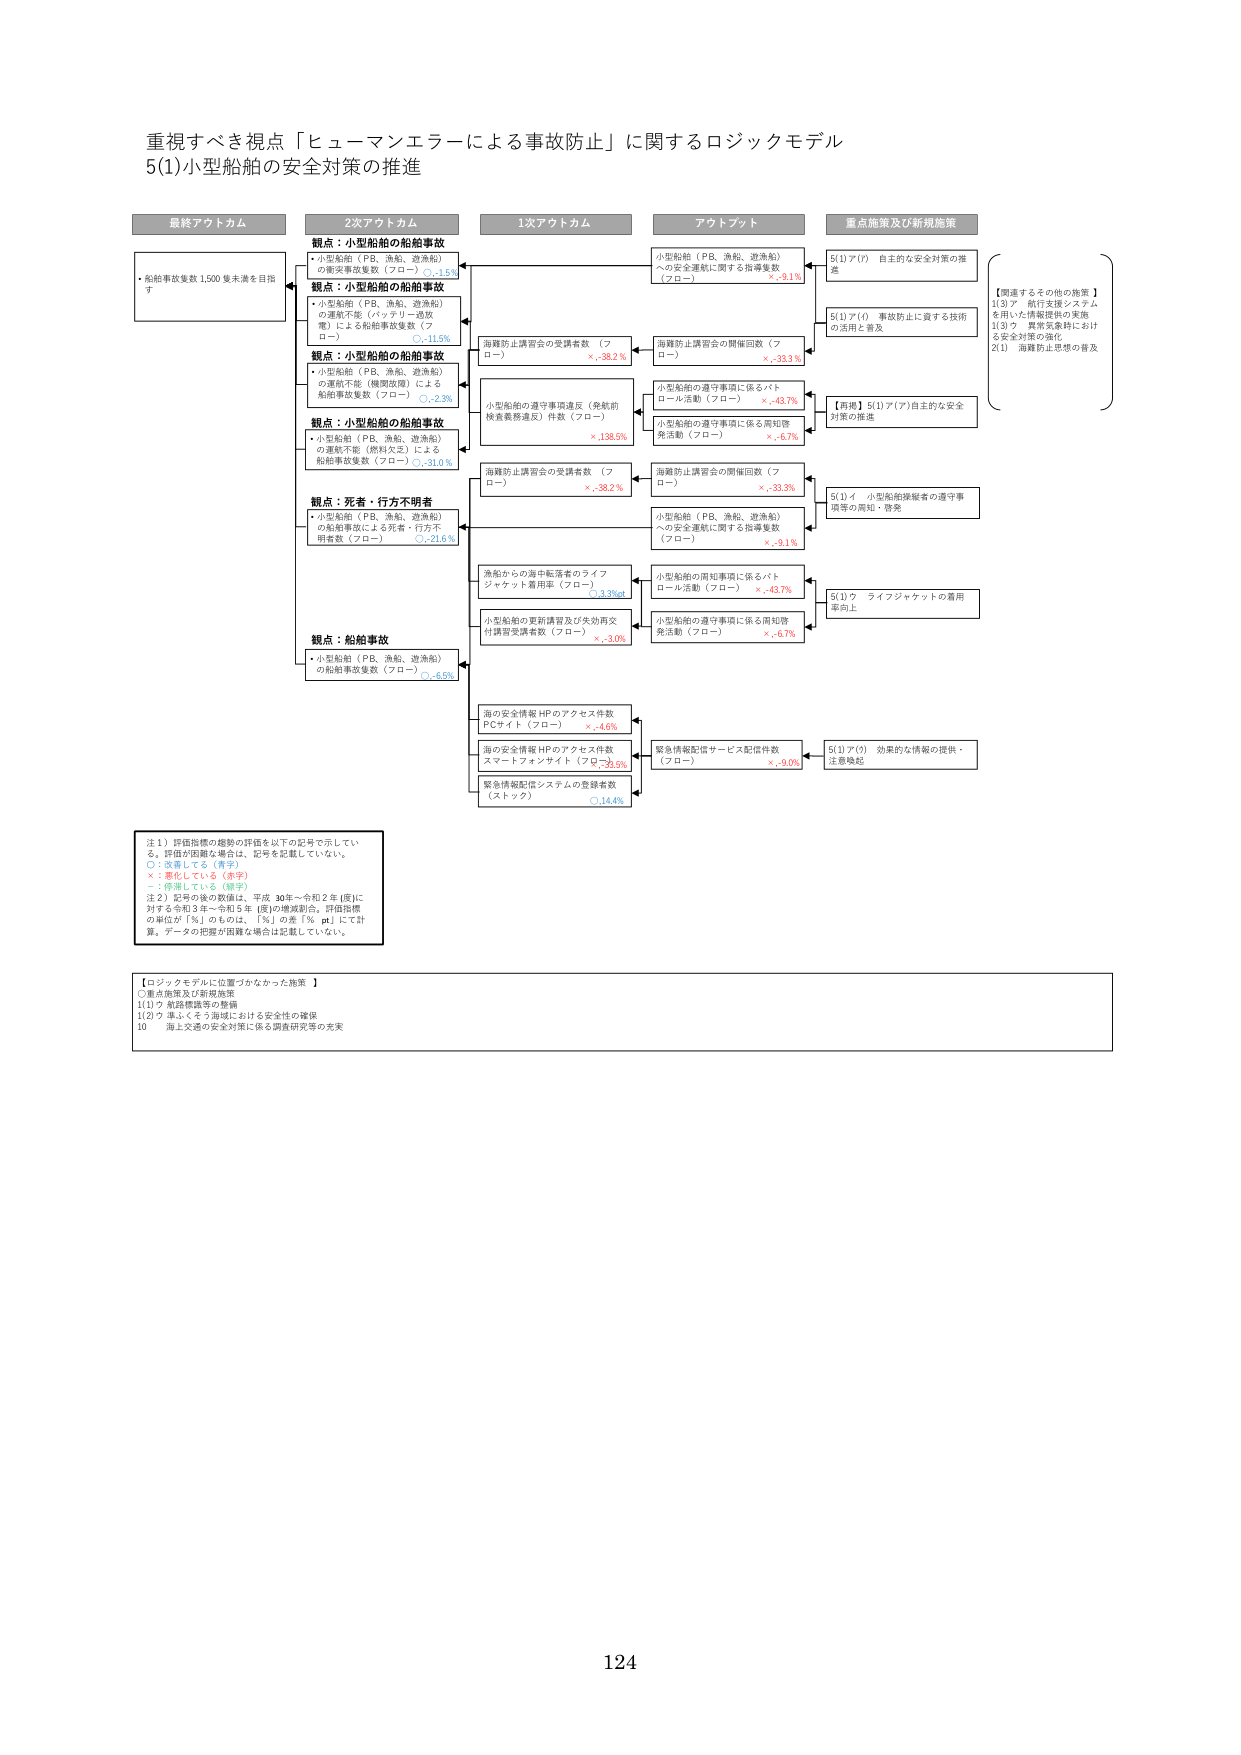
重視すべき視点「ヒューマンエラーによる事故防止」に関するロジックモデル
5(1)小型船舶の安全対策の推進

最終アウトカム
・船舶事故件数1,500件未満を目指す

2次アウトカム
観点：小型船舶の船舶事故
・小型船舶（PB、漁船、遊漁船）の衝突事故件数（フロー）○, +1.5%
観点：小型船舶の船舶事故
・小型船舶（PB、漁船、遊漁船）の運航不能（バッテリー過放電）による船舶事故件数（フロー）○, -11.5%
観点：小型船舶の船舶事故
・小型船舶（PB、漁船、遊漁船）の運航不能（機関故障）による船舶事故件数（フロー）○, -2.3%
観点：小型船舶の船舶事故
・小型船舶（PB、漁船、遊漁船）の運航不能（燃料欠乏）による船舶事故件数（フロー）○, -31.0%
観点：死者・行方不明者
・小型船舶（PB、漁船、遊漁船）の船舶事故による死者・行方不明者数（フロー）○, -71.6%
観点：船舶事故
・小型船舶（PB、漁船、遊漁船）の船舶事故件数（フロー）○, -6.5%

1次アウトカム
海難防止講習会の受講者数（フロー）×, -38.2%
小型船舶の遵守事項違反（発航前検査義務違反）件数（フロー）×, -38.5%
海難防止講習会の受講者数（フロー）×, -38.2%
漁船からの海中転落者のライフジャケット着用率（フロー）○, 3.3%p
小型船舶の更新講習及び失効再交付講習受講者数（フロー）×, -3.0%
海の安全情報HPのアクセス件数PCサイト（フロー）×, -4.6%
海の安全情報HPのアクセス件数スマートフォンサイト（フロー）×, -25.5%
緊急情報配信システムの登録者数（ストック）○, 14.4%

アウトプット
小型船舶（PB、漁船、遊漁船）への安全運航に関する指導件数（フロー）×, -9.1%
海難防止講習会の開催回数（フロー）×, -33.3%
小型船舶の遵守事項に係るパトロール活動（フロー）×, -43.7%
小型船舶の遵守事項に係る周知啓発活動（フロー）×, -6.7%
海難防止講習会の開催回数（フロー）×, -33.3%
小型船舶（PB、漁船、遊漁船）への安全運航に関する指導件数（フロー）×, -9.1%
小型船舶の周知事項に係るパトロール活動（フロー）×, -43.7%
小型船舶の遵守事項に係る周知啓発活動（フロー）×, -6.7%
緊急情報配信サービス配信件数（フロー）×, -9.0%

重点施策及び新規施策
5(1)ア(ｱ) 自主的な安全対策の推進
5(1)ア(ｲ) 事故防止に資する技術の活用と普及
【再掲】5(1)ア(ｱ)自主的な安全対策の推進
5(1)イ 小型船舶操縦者の遵守事項等の周知・啓発
5(1)ウ ライフジャケットの着用率向上
5(1)ア(ｳ) 効果的な情報の提供・注意喚起

【関連するその他の施策】
1(3)ア 執行支援システムを用いた情報提供の実施
1(3)ウ 異常気象時における安全対策の強化
2(1) 海難防止思想の普及

注１）評価指標の趨勢の評価を以下の記号で示している。評価が困難な場合は、記号を記載していない。
○：悪化している（赤字）
×：改善している（青字）
－：停滞している（緑字）
注２）記号の数値は、平成30年～令和2年（度）に対する令和3年～令和5年（度）の増減割合。評価指標の単位が「％」のものは、「％」の差「ｐｔ」にて計算。データの把握が困難な場合は記載していない。

【ロジックモデルに位置づけなかった施策】
○重点施策及び新規施策
1(1)ウ 保証制度等の整備
1(2)ウ 漁くくそう海域における安全性の確保
10 海上交通の安全対策に係る調査研究等の充実

124